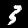
Label: 3